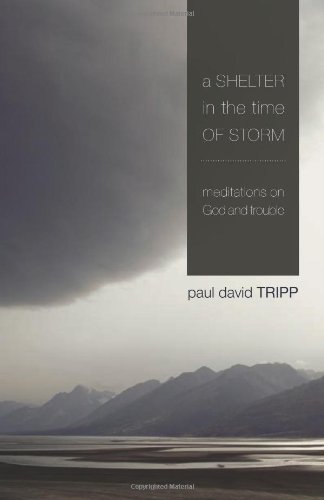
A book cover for A Shelter in the Time of Storm: Meditations on God and Trouble; Paul David Tripp; Christian Books & Bibles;